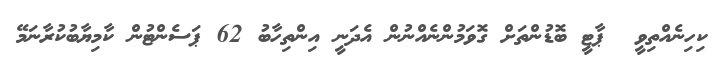
ކިހިނެއްތިވީ  ޕާޓީ ބޮޑުންތަށް ގޮވަމުންނެއްނުން އެދަނީ އިންތިހާބު 62 ޕަސެންޓުން ކާމިޔާބުކުރާނަމޭ